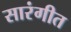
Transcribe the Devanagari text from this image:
सारंगीत